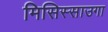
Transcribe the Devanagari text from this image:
मिसिस्साउगा